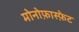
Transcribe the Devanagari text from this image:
मोनोफ़ास्फ़ेट